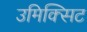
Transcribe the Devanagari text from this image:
उमिक्सिट